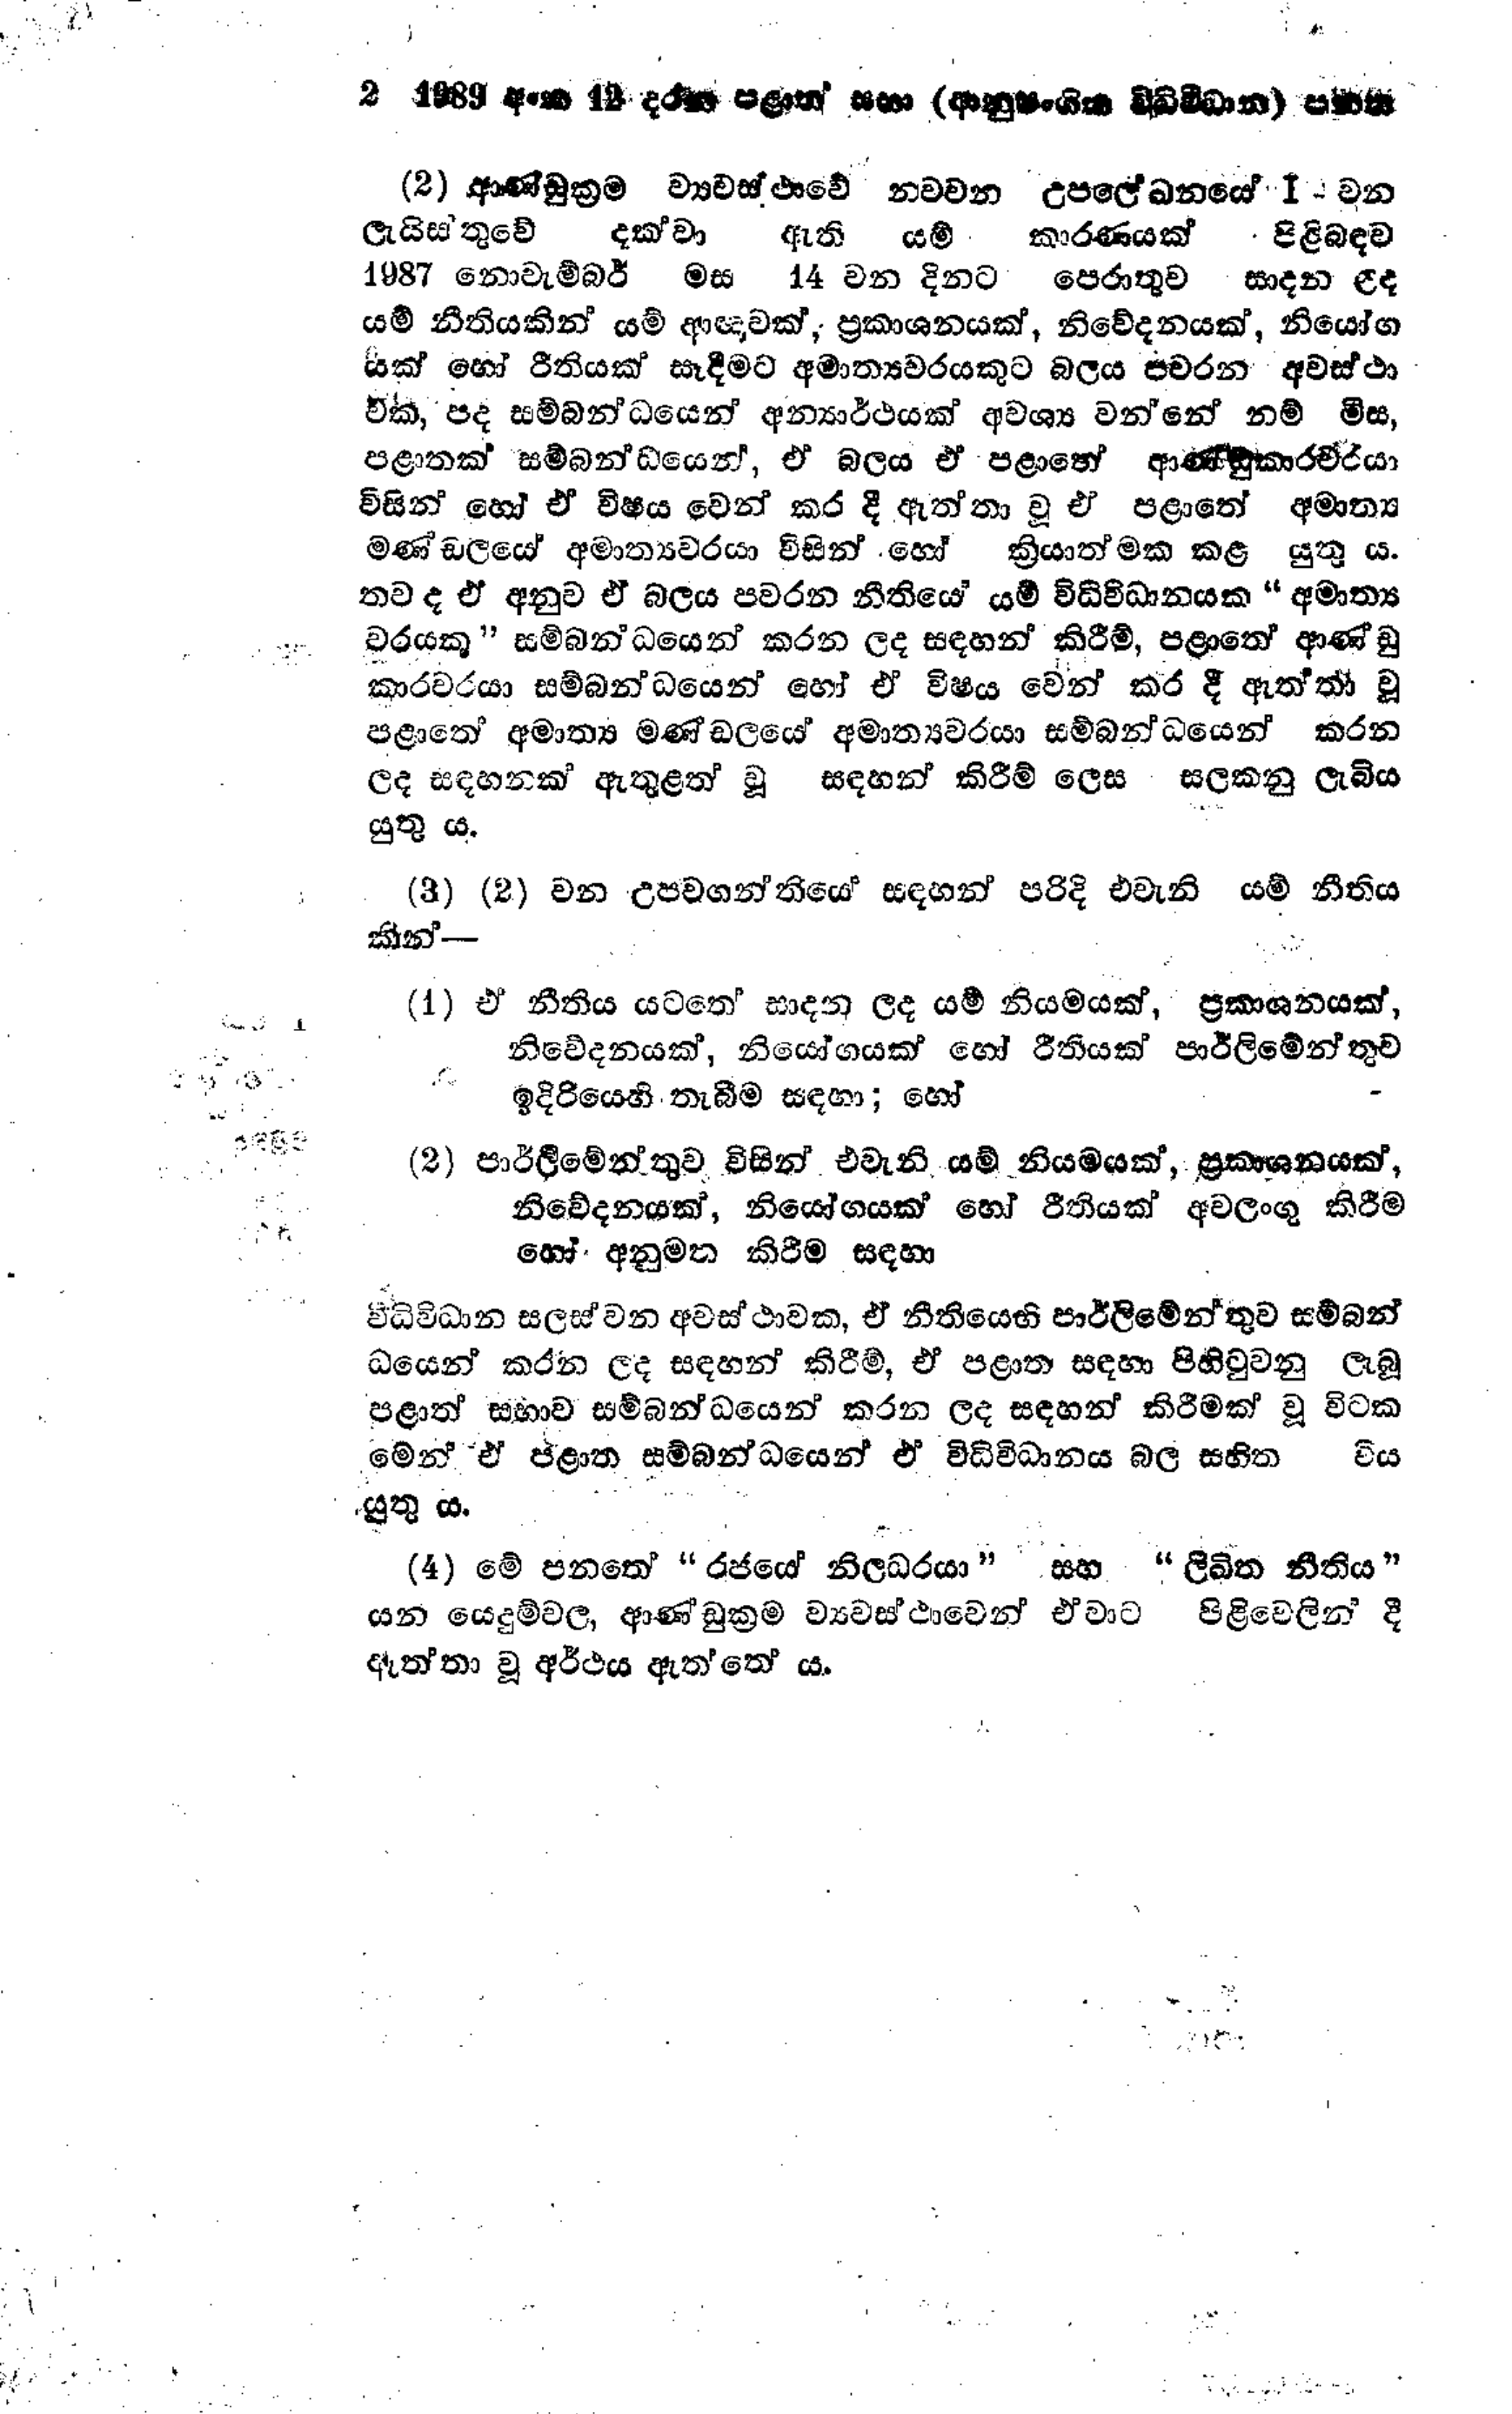
2 2 1989 අංක 12 දරණ පළාත් සභා (ආනුෂංගික විධිවිධාන) පනත

(2) ආණ්ඩුක්‍රම ව්‍යවස්ථාවේ නවවන උපලේඛනයේ 1 වන
ලැයිස්තුවේ දක්වා ඇති යම් කාරණයක් පිළිබඳව
1987 නොවැම්බර් මස 14 වන දිනට පෙරාතුව සාදන ලද
යම් නීතියකින් යම් ආඥාවක්, ප්‍රකාශනයක්, නිවේදනයක්, නියෝග
යක් හෝ රීතියක් සෑදීමට අමාත්‍යවරයකුට බලය පවරන අවස්ථා
වක, පද සම්බන්ධයෙන් අන්‍යාර්ථයක් අවශ්‍ය වන්නේ නම් මිස,
පළාතක් සම්බන්ධයෙන්, ඒ බලය ඒ පළාතේ ආණ්ඩුකාරවරයා
විසින් හෝ ඒ විෂය වෙන් කර දී ඇත්තා වූ ඒ පළාතේ අමාත්‍ය
මණ්ඩලයේ අමාත්‍යවරයා විසින් හෝ ක්‍රියාත්මක කළ යුතු ය.
තව ද ඒ අනුව ඒ බලය පවරන නීතියේ යම් විධි විධානයක "අමාත්‍ය
වරයකු" සම්බන්ධයෙන් කරන ලද සඳහන් කිරීම්, පළාතේ ආණ්ඩු
කාරවරයා සම්බන්ධයෙන් හෝ ඒ විෂය වෙන් කර දී ඇත්තා වූ
පළාතේ අමාත්‍ය මණ්ඩලයේ අමාත්‍යවරයා සම්බන්ධයෙන් කරන
ලද සඳහනක් ඇතුළත් වූ සඳහන් කිරීම් ලෙස සලකනු ලැබිය
යුතු ය.

(3) (2) වන උපවගන්තියේ සඳහන් පරිදි එවැනි යම් නීතිය
කින්-

(1) ඒ නීතිය යටතේ සාදන ලද යම් නියමයක්, ප්‍රකාශනයක්,
නිවේදනයක්, නියෝගයක් හෝ රීතියක් පාර්ලිමේන්තුව
ඉදිරියෙහි තැබීම සඳහා; හෝ

(2) පාර්ලිමේන්තුව විසින් එවැනි යම් නියමයක්, ප්‍රකාශනයක්,
නිවේදනයක්, නියෝගයක් හෝ රීතියක් අවලංගු කිරීම
හෝ අනුමත කිරීම සඳහා

විධිවිධාන සලස්වන අවස්ථාවක, ඒ නීතියෙහි පාර්ලිමේන්තුව සම්බන්
ධයෙන් කරන ලද සඳහන් කිරීම්, ඒ පළාත සඳහා පිහිටුවනු ලැබූ
පළාත් සභාව සම්බන්ධයෙන් කරන ලද සඳහන් කිරීමක් වූ විටක
මෙන් ඒ පළාත සම්බන්ධයෙන් ඒ විධිවිධානය බල සහිත විය.
යුතු ය.

(4) මේ පනතේ "රජයේ නිලධරයා" සහ "ලිඛිත නීතිය"
යන යෙදුම් වල, ආණ්ඩුක්‍රම ව්‍යවස්ථාවෙන් ඒවාට පිළිවෙලින් දී
ඇත්තා වූ අර්ථය ඇත්තේ ය.